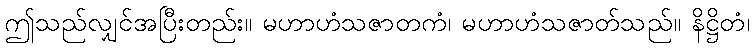
ဤသည်လျှင်အပြီးတည်း။ မဟာဟံသဇာတကံ၊ မဟာဟံသဇာတ်သည်။ နိဋ္ဌိတံ၊